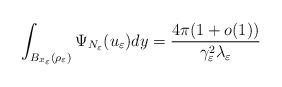
LaTeX: \begin{align*}\int_{B_{x_\varepsilon}(\rho_\varepsilon)} \Psi_{N_\varepsilon}(u_\varepsilon) dy =\frac{4\pi(1+o(1))}{\gamma_\varepsilon^2 \lambda_\varepsilon}\end{align*}